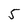
Character: 5